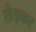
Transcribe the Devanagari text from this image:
छेड़कर